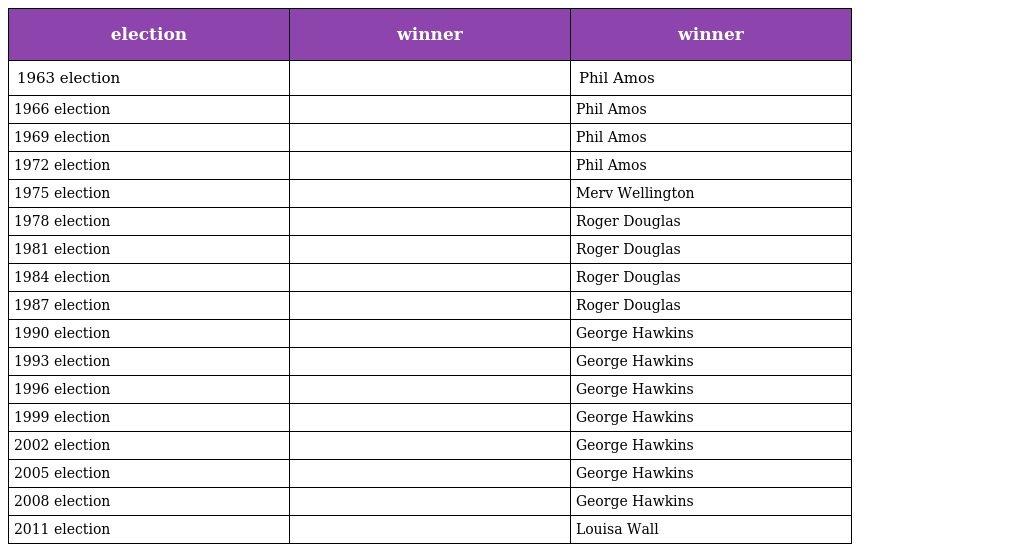
| election | winner | winner |
 | --- | --- | --- |
 | 1963 election |  | Phil Amos |
 | 1966 election |  | Phil Amos |
 | 1969 election |  | Phil Amos |
 | 1972 election |  | Phil Amos |
 | 1975 election |  | Merv Wellington |
 | 1978 election |  | Roger Douglas |
 | 1981 election |  | Roger Douglas |
 | 1984 election |  | Roger Douglas |
 | 1987 election |  | Roger Douglas |
 | 1990 election |  | George Hawkins |
 | 1993 election |  | George Hawkins |
 | 1996 election |  | George Hawkins |
 | 1999 election |  | George Hawkins |
 | 2002 election |  | George Hawkins |
 | 2005 election |  | George Hawkins |
 | 2008 election |  | George Hawkins |
 | 2011 election |  | Louisa Wall |